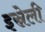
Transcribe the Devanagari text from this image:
इस्रेली